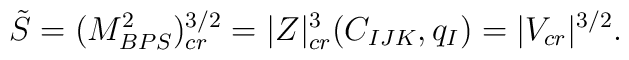
\tilde S=   ( M^2_{BPS})_{cr}^{3/2} = |Z|_{cr}^{3}(C_{IJK},q_I)=| V_{cr}|^{3/2}.